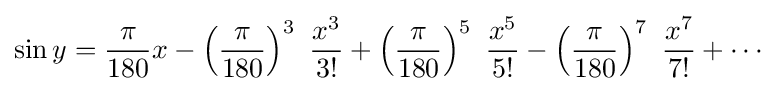
\sin y={\frac {\pi }{180}}x-\left({\frac {\pi }{180}}\right)^{3}\ {\frac {x^{3}}{3!}}+\left({\frac {\pi }{180}}\right)^{5}\ {\frac {x^{5}}{5!}}-\left({\frac {\pi }{180}}\right)^{7}\ {\frac {x^{7}}{7!}}+\cdots